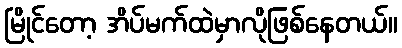
မြိုင်တော့ အိပ်မက်ထဲမှာလိုဖြစ်နေတယ်။